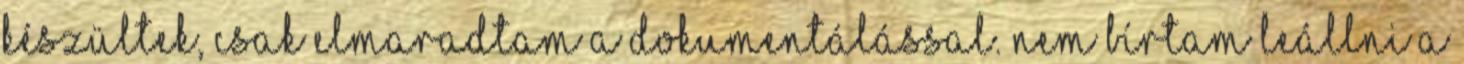
készültek, csak elmaradtam a dokumentálással. Nem bírtam leállni a